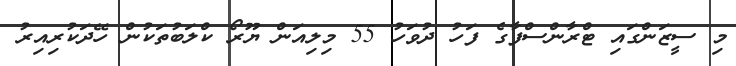
މި ސީޒަންގައި ޓްރާންސްފާގެ ފަހު ދުވަހު 55 މިލިއަން ޔޫރޯ ކްލަބުތަކުން ހޭދަކުރިއިރު